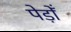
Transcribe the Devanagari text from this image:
पेड़ोँ